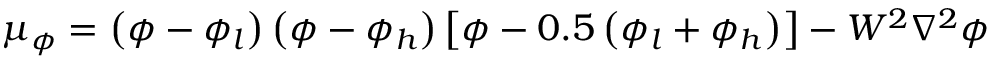
{ \mu _ { \phi } } = \left( { \phi - { \phi _ { l } } } \right) \left( { \phi - { \phi _ { h } } } \right) \left[ { \phi - 0 . 5 \left( { { \phi _ { l } } + { \phi _ { h } } } \right) } \right] - { W ^ { 2 } } { \nabla ^ { 2 } } \phi